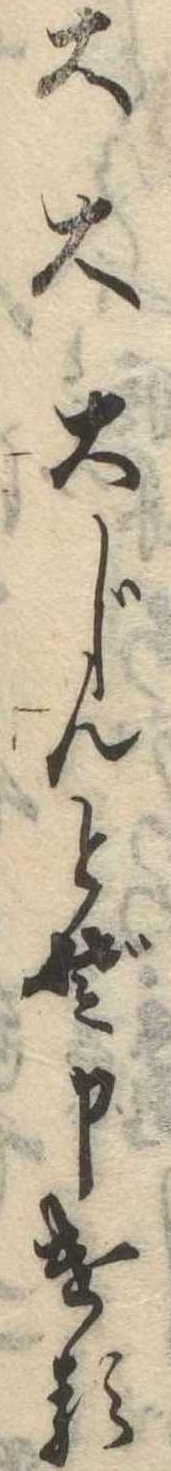
大大大じんとぞ申ける